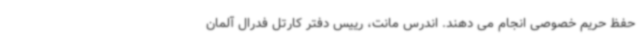
حفظ حریم خصوصی انجام می دهند. اندرس مانت، رییس دفتر کارتل فدرال آلمان